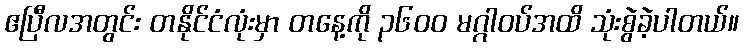
ဧပြီလအတွင်း တနိုင်ငံလုံးမှာ တနေ့ကို ၃၆၀၀ မဂ္ဂါဝပ်အထိ သုံးစွဲခဲ့ပါတယ်။